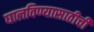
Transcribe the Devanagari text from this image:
घालविण्यासाठीची